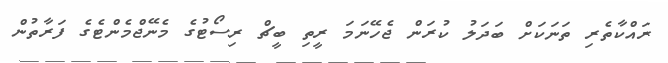
ރައްކާތެރި ތަނަކަށް ބަދަލު ކުރަން ޖެހޭނަމަ ރީތި ބީޗް ރިސޯޓުގެ މެނޭޖްމެންޓެގެ ފަރާތުން